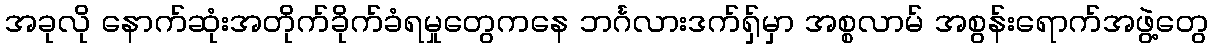
အခုလို နောက်ဆုံးအတိုက်ခိုက်ခံရမှုတွေကနေ ဘင်္ဂလားဒက်ရှ်မှာ အစ္စလာမ် အစွန်းရောက်အဖွဲ့တွေ